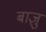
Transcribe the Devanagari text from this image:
बाज़ु